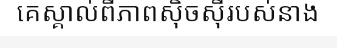
គេស្គាល់ពីភាពស៊ិចស៊ីរបស់នាង